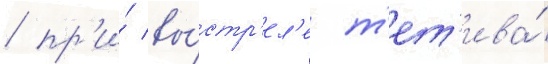
/ пр'и́ вы́стр'ел'е т'ет'ива́